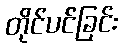
တိုင်ပင်ခြင်း